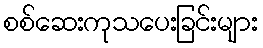
စစ်ဆေးကုသပေးခြင်းများ